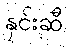
နှင်းဆီ